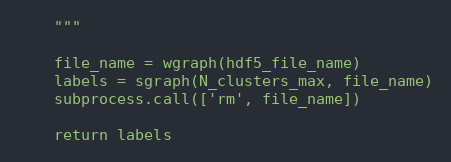
Language: Python
    """

    file_name = wgraph(hdf5_file_name)
    labels = sgraph(N_clusters_max, file_name)
    subprocess.call(['rm', file_name])

    return labels